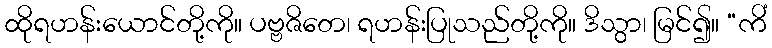
ထိုရဟန်းယောင်တို့ကို။ ပဗ္ဗဇိတေ၊ ရဟန်းပြုသည်တို့ကို။ ဒိသွာ၊ မြင်၍။ “ကိံ